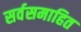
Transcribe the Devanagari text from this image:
सर्वसमाहित